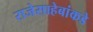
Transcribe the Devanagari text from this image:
राजेसाहेबांकडे